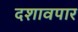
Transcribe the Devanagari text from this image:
दशावपार